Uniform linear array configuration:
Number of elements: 4
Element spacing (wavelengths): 0.75
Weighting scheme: hann
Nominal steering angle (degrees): -60
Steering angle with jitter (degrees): -61.025
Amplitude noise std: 0.05
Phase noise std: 0.05

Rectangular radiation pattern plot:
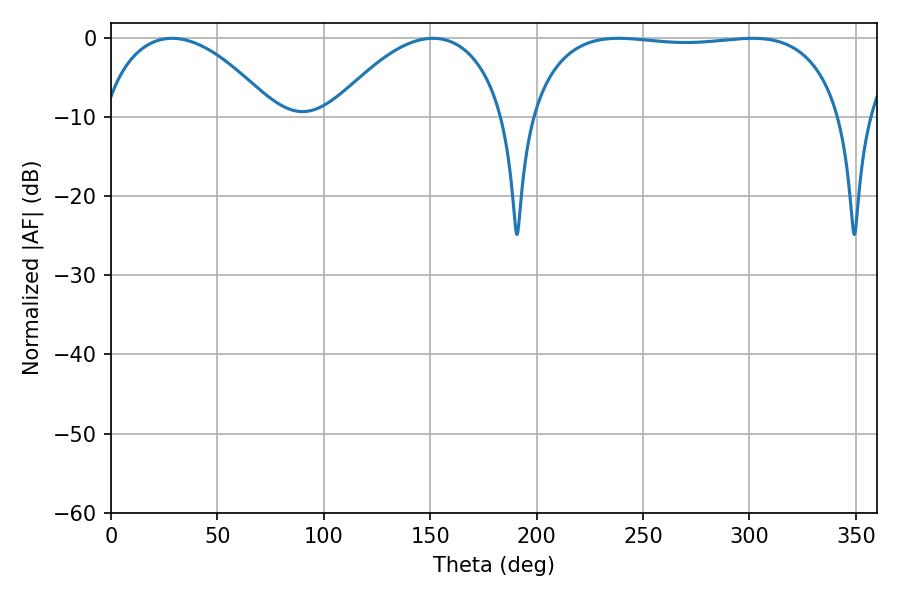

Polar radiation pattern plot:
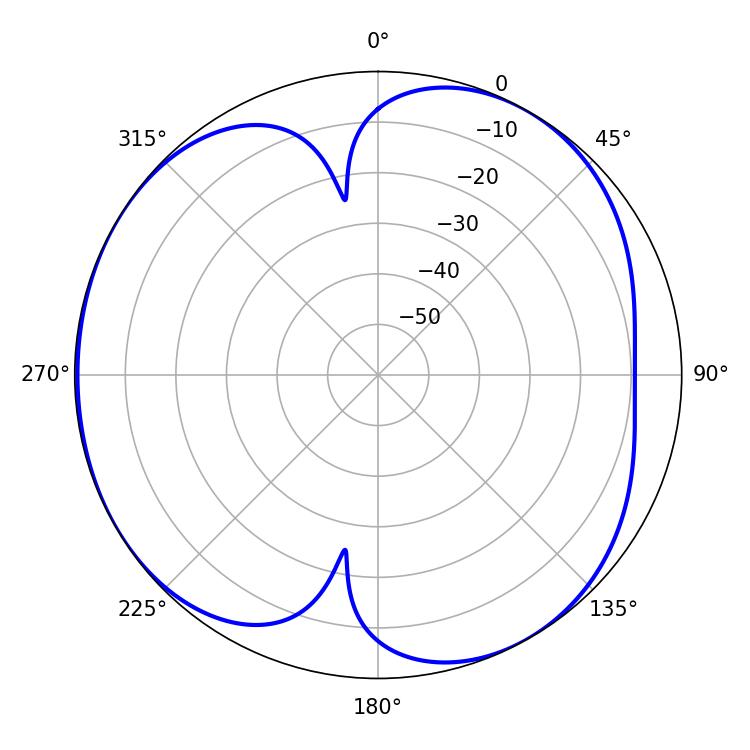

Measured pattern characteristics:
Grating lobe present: TRUE
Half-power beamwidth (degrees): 117.36
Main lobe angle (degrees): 238.5